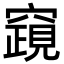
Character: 竀